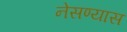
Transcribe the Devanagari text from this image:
नेसण्यास